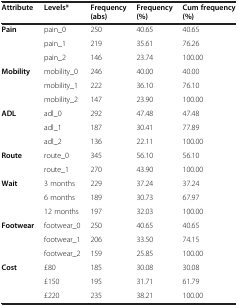
<table><thead><tr><td><b>Attribute</b></td><td><b>Levels*</b></td><td><b>Frequency (abs)</b></td><td><b>Frequency (%)</b></td><td><b>Cum frequency (%)</b></td></tr></thead><tbody><tr><td><b>Pain</b></td><td>pain_0</td><td>250</td><td>40.65</td><td>40.65</td></tr><tr><td> </td><td>pain_1</td><td>219</td><td>35.61</td><td>76.26</td></tr><tr><td> </td><td>pain_2</td><td>146</td><td>23.74</td><td>100.00</td></tr><tr><td><b>Mobility</b></td><td>mobility_0</td><td>246</td><td>40.00</td><td>40.00</td></tr><tr><td> </td><td>mobility_1</td><td>222</td><td>36.10</td><td>76.10</td></tr><tr><td> </td><td>mobility_2</td><td>147</td><td>23.90</td><td>100.00</td></tr><tr><td><b>ADL</b></td><td>adl_0</td><td>292</td><td>47.48</td><td>47.48</td></tr><tr><td> </td><td>adl_1</td><td>187</td><td>30.41</td><td>77.89</td></tr><tr><td> </td><td>adl_2</td><td>136</td><td>22.11</td><td>100.00</td></tr><tr><td><b>Route</b></td><td>route_0</td><td>345</td><td>56.10</td><td>56.10</td></tr><tr><td> </td><td>route_1</td><td>270</td><td>43.90</td><td>100.00</td></tr><tr><td><b>Wait</b></td><td>3 months</td><td>229</td><td>37.24</td><td>37.24</td></tr><tr><td> </td><td>6 months</td><td>189</td><td>30.73</td><td>67.97</td></tr><tr><td> </td><td>12 months</td><td>197</td><td>32.03</td><td>100.00</td></tr><tr><td><b>Footwear</b></td><td>footwear_0</td><td>250</td><td>40.65</td><td>40.65</td></tr><tr><td> </td><td>footwear_1</td><td>206</td><td>33.50</td><td>74.15</td></tr><tr><td> </td><td>footwear_2</td><td>159</td><td>25.85</td><td>100.00</td></tr><tr><td><b>Cost</b></td><td>£80</td><td>185</td><td>30.08</td><td>30.08</td></tr><tr><td> </td><td>£150</td><td>195</td><td>31.71</td><td>61.79</td></tr><tr><td> </td><td>£220</td><td>235</td><td>38.21</td><td>100.00</td></tr></tbody></table>